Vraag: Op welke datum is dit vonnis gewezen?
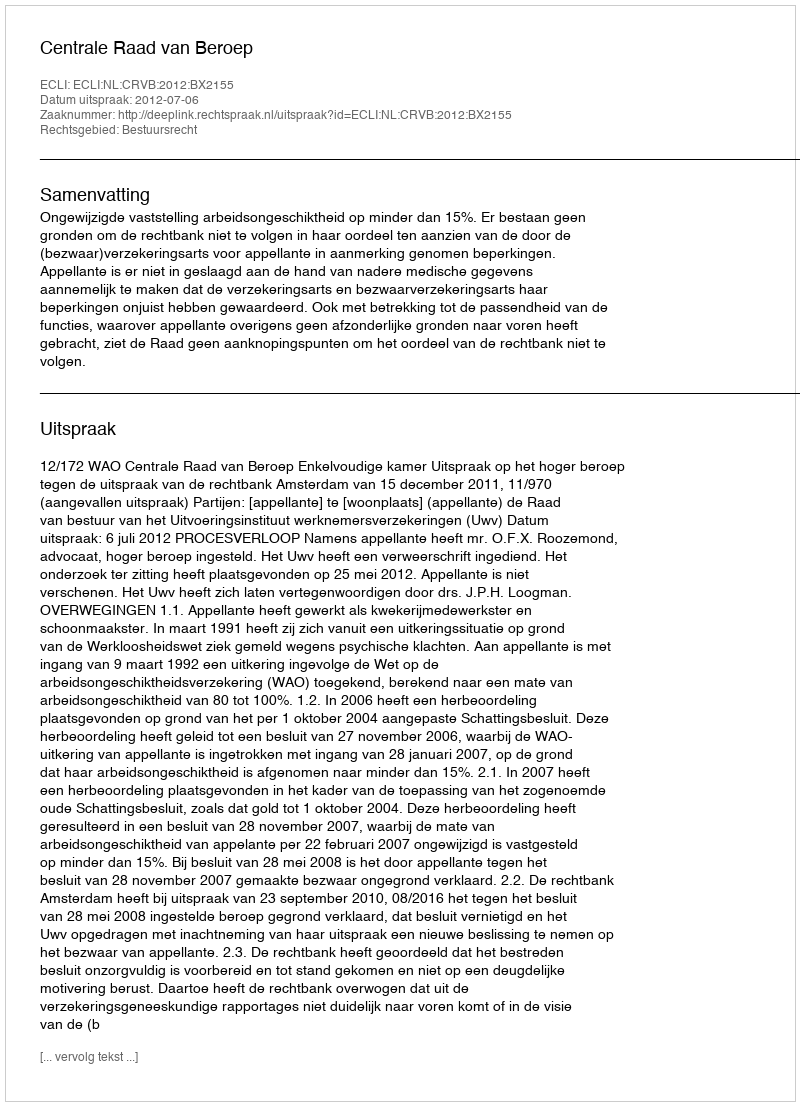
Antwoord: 2012-07-06